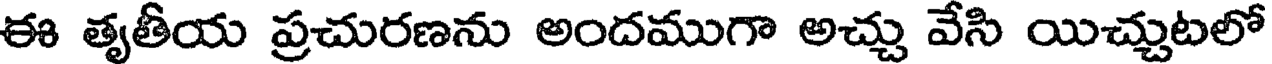
ఈ తృతీయ ప్రచురణను అందముగా అచ్చు వేసి యిచ్చుటలో